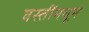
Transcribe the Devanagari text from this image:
वस्तींमधून